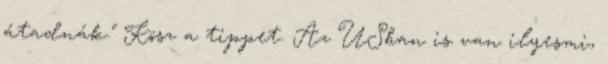
átadnák." Kösz a tippet. Az USban is van ilyesmi,